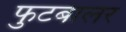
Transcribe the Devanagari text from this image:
फुटबालर